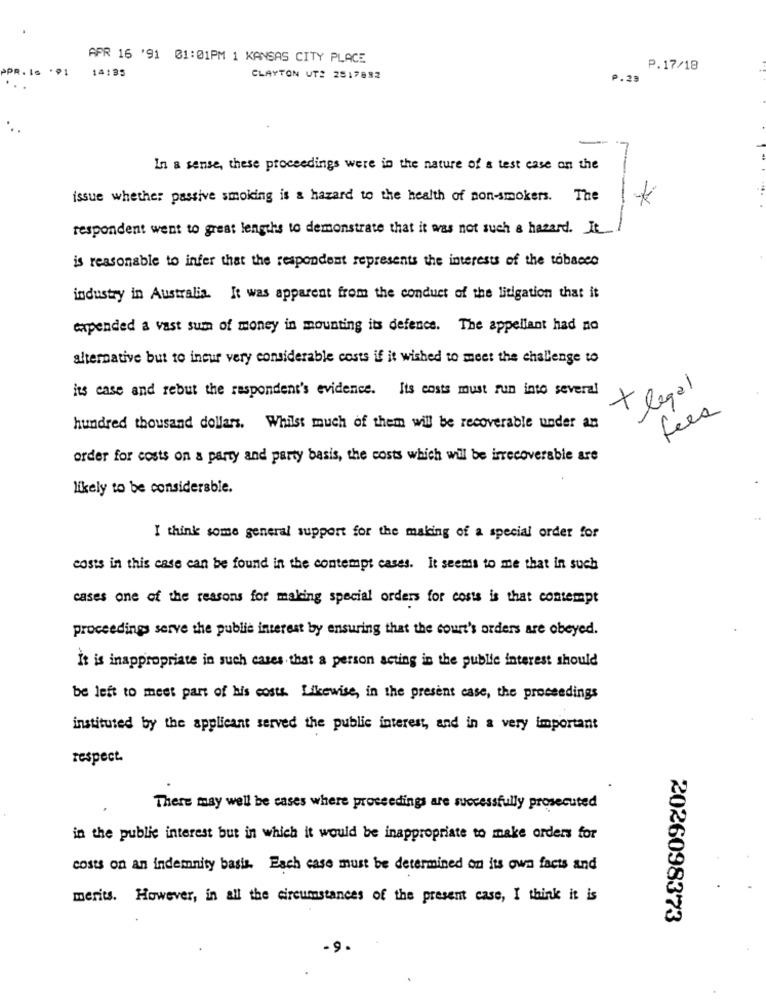
APR 16 '91 01:01PM 1 KANSAS CITY PLACE
14:35
P.17/18
CLAYTON UT: 2517882
P.29
In a sense, these proceedings were in the nature of a test case on the
issue whether passive smoking is & hazard to the health of non-smokers. The
K
respondent went to great lengths to demonstrate that it was not such a hazard. It
is reasonable to infer that the respondent represents the interests of the tobacco
industry in Australia. It was apparent from the conduct of the litigation that it
expended a vast sum of money in mounting its defence. The appellant had no
alternative but to incur very considerable costs if it wished to meet the challenge to
its case and rebut the respondent's evidence. Its costs must run into several
+legal
fees
hundred thousand dollars. Whilst much of them will be recoverable under an
order for costs on a party and party basis, the costs which will be irrecoverable are
likely to be considerable.
I think some general support for the making of a special order for
costs in this case can be found in the contempt cases. It seems to me that in such
cases one of the reasons for making special orders for costs is that contempt
proceedings serve the public interest by ensuring that the court's orders are obeyed.
It is inappropriate in such cases that a person acting in the public interest should
be left to meet part of his costs. Likewise, in the present case, the proceedings
instituted by the applicant served the public interest, and in a very important
respect.
There may well be cases where proceedings are successfully prosecuted
in the public interest but in which it would be inappropriate to make orders for
costs on an indemnity basis. Each case must be determined on its own facts and
merits. However, in all the circumstances of the present case, I think it is
2026098373
. 9.